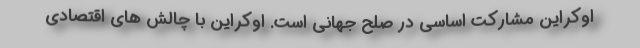
اوکراین مشارکت اساسی در صلح جهانی است. اوکراین با چالش های اقتصادی